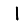
Digit: 1